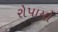
રોપાયો